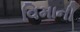
વિમાની